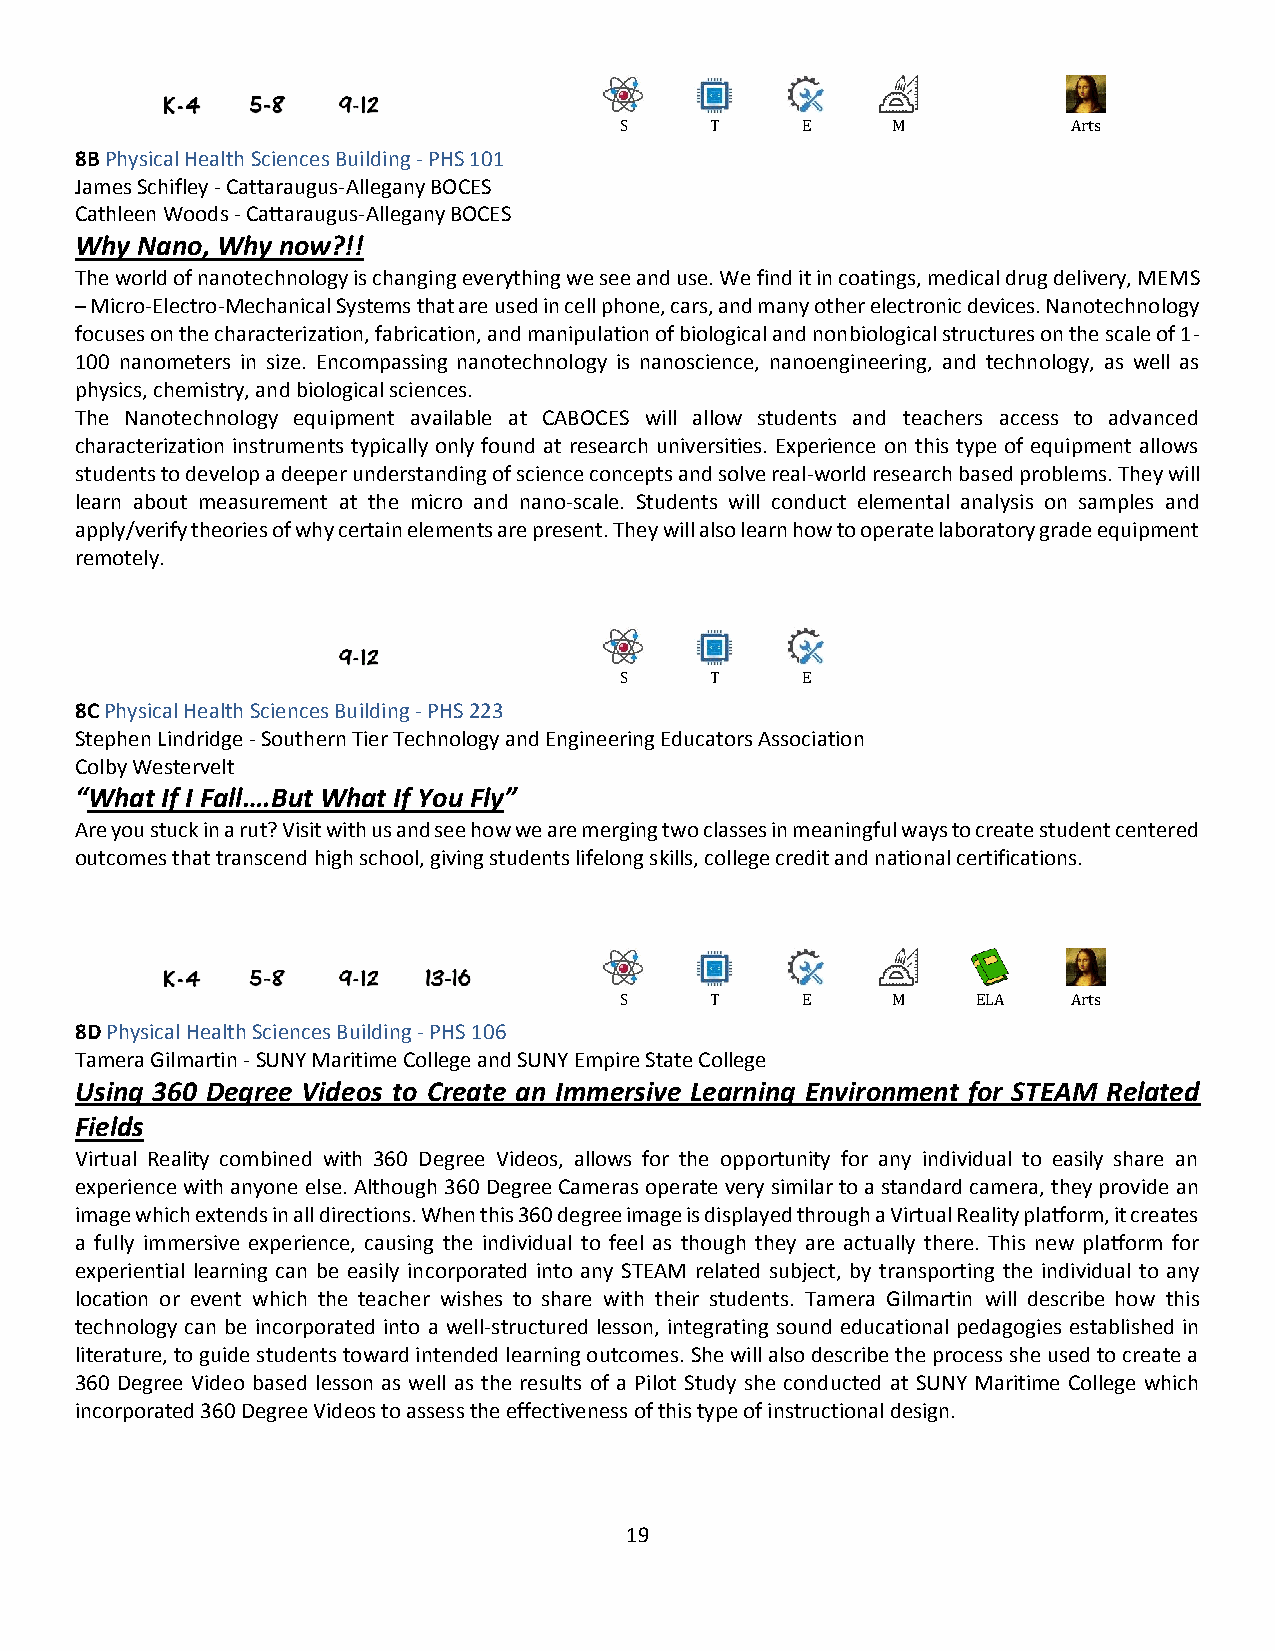
S     T     E     M           Arts
 8B Physical Health Sciences Building - PHS 101
 James Schifley - Cattaraugus-Allegany BOCES
 Cathleen Woods - Cattaraugus-Allegany BOCES
 Why Nano, Why now?!!
 The world of nanotechnology is changing everything we see and use. We find it in coatings, medical drug delivery, MEMS
 – Micro-Electro-Mechanical Systems that are used in cell phone, cars, and many other electronic devices. Nanotechnology
 focuses on the characterization, fabrication, and manipulation of biological and nonbiological structures on the scale of 1-
 100 nanometers in size. Encompassing nanotechnology is nanoscience, nanoengineering, and technology, as well as
 physics, chemistry, and biological sciences.
 The Nanotechnology equipment available at CABOCES will allow students and teachers access to advanced
 characterization instruments typically only found at research universities. Experience on this type of equipment allows
 students to develop a deeper understanding of science concepts and solve real-world research based problems. They will
 learn about measurement at the micro and nano-scale. Students will conduct elemental analysis on samples and
 apply/verify theories of why certain elements are present. They will also learn how to operate laboratory grade equipment
 remotely.
 S     T     E
 8C Physical Health Sciences Building - PHS 223
 Stephen Lindridge - Southern Tier Technology and Engineering Educators Association
 Colby Westervelt
 “What If I Fall….But What If You Fly”
 Are you stuck in a rut? Visit with us and see how we are merging two classes in meaningful ways to create student centered
 outcomes that transcend high school, giving students lifelong skills, college credit and national certifications.
 S     T     E     M     ELA   Arts
 8D Physical Health Sciences Building - PHS 106
 Tamera Gilmartin - SUNY Maritime College and SUNY Empire State College
 Using 360 Degree Videos to Create an Immersive Learning Environment for STEAM Related
 Fields
 Virtual Reality combined with 360 Degree Videos, allows for the opportunity for any individual to easily share an
 experience with anyone else. Although 360 Degree Cameras operate very similar to a standard camera, they provide an
 image which extends in all directions. When this 360 degree image is displayed through a Virtual Reality platform, it creates
 a fully immersive experience, causing the individual to feel as though they are actually there. This new platform for
 experiential learning can be easily incorporated into any STEAM related subject, by transporting the individual to any
 location or event which the teacher wishes to share with their students. Tamera Gilmartin will describe how this
 technology can be incorporated into a well-structured lesson, integrating sound educational pedagogies established in
 literature, to guide students toward intended learning outcomes. She will also describe the process she used to create a
 360 Degree Video based lesson as well as the results of a Pilot Study she conducted at SUNY Maritime College which
 incorporated 360 Degree Videos to assess the effectiveness of this type of instructional design.
 19